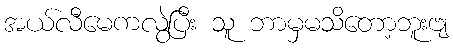
အယ်လီမေကလွဲပြီး သူ ဘာမှမသိတော့ဘူးဗျ